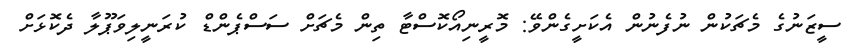
ސީޒަނުގެ މެޗަކުން ނުފެނުން އެކަށީގެންވޭ: މޮރީނިއޯކޮސްޓާ ތިން މެޗަށް ސަސްޕެންޑް ކުރަނީލިވަޕޫލާ ދެކޮޅަށް